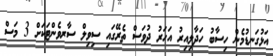
އަޅުގަނޑުމެން ހިސާބު ހަދާލިއިރު އަހަރު ދުވަސް ތެރޭގައި ސިވިލް ސާރވެންޓަކަށް 3 މަސް